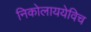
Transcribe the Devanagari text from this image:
निकोलाययेविच